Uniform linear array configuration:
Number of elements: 12
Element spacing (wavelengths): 0.25
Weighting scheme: hamming
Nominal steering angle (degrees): -30
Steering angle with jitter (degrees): -30.553
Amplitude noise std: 0.05
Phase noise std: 0.05

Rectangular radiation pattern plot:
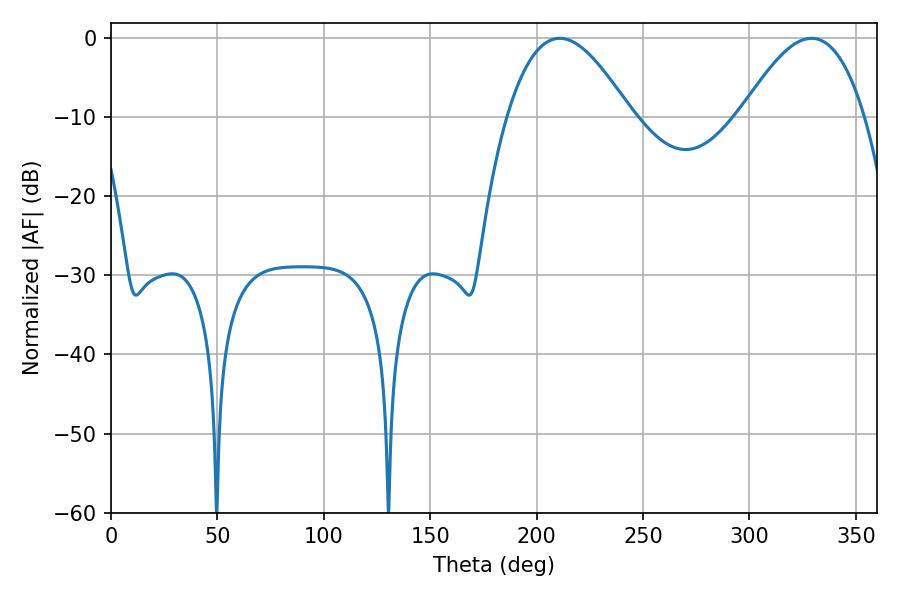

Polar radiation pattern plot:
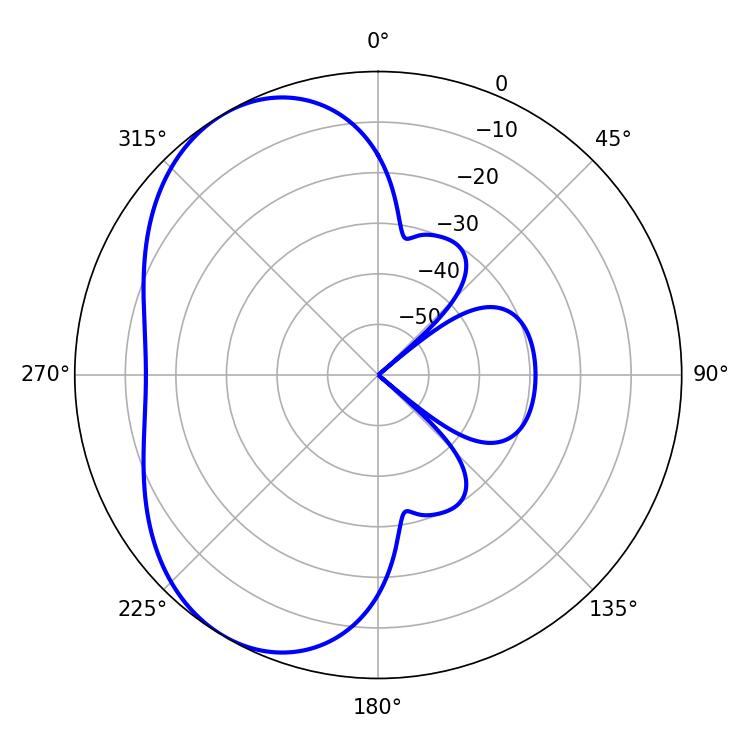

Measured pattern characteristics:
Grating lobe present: FALSE
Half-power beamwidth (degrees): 31.5
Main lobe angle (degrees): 210.78